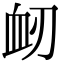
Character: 衂